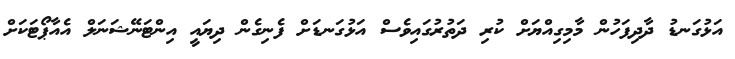
އަޅުގަނޑު ދާދިފަހުން މާމިގިއްޔަށް ކުރި ދަތުރުގައިވެސް އަޅުގަނޑަށް ފެނިގެން ދިޔައީ އިންޓަނޭޝަނަލް އެއާޕޯޓަކަށް